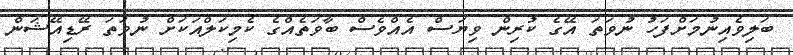
ބަލިވެއިނުމަށްފަހު ނުވަތަ އޭގެ ކުރިން ވިޔަސް އެއްވެސް ބާވަތެއްގެ ކެމިކަލްއަކަށް ނުވަތަ ރޭޑިއޭޝަން